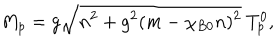
M _ { p } = g \sqrt { n ^ { 2 } + g ^ { 2 } ( m - \chi _ { B 0 } n ) ^ { 2 } } ~ T _ { p } ^ { 0 } ,